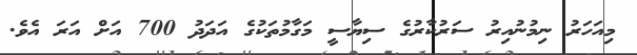
މިއަހަރު ނިމުނުއިރު ސަރުކާރުގެ ސިޔާސީ މަގާމުތަކުގެ އަދަދު 700 އަށް އަރަ އެވެ.